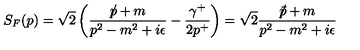
S _ { F } ( p ) = \sqrt { 2 } \left( \frac { p \! \! \! \slash + m } { p ^ { 2 } - m ^ { 2 } + i \epsilon } - \frac { \gamma ^ { + } } { 2 p ^ { + } } \right) = \sqrt { 2 } \frac { \bar { p } \! \! \! \slash + m } { p ^ { 2 } - m ^ { 2 } + i \epsilon }